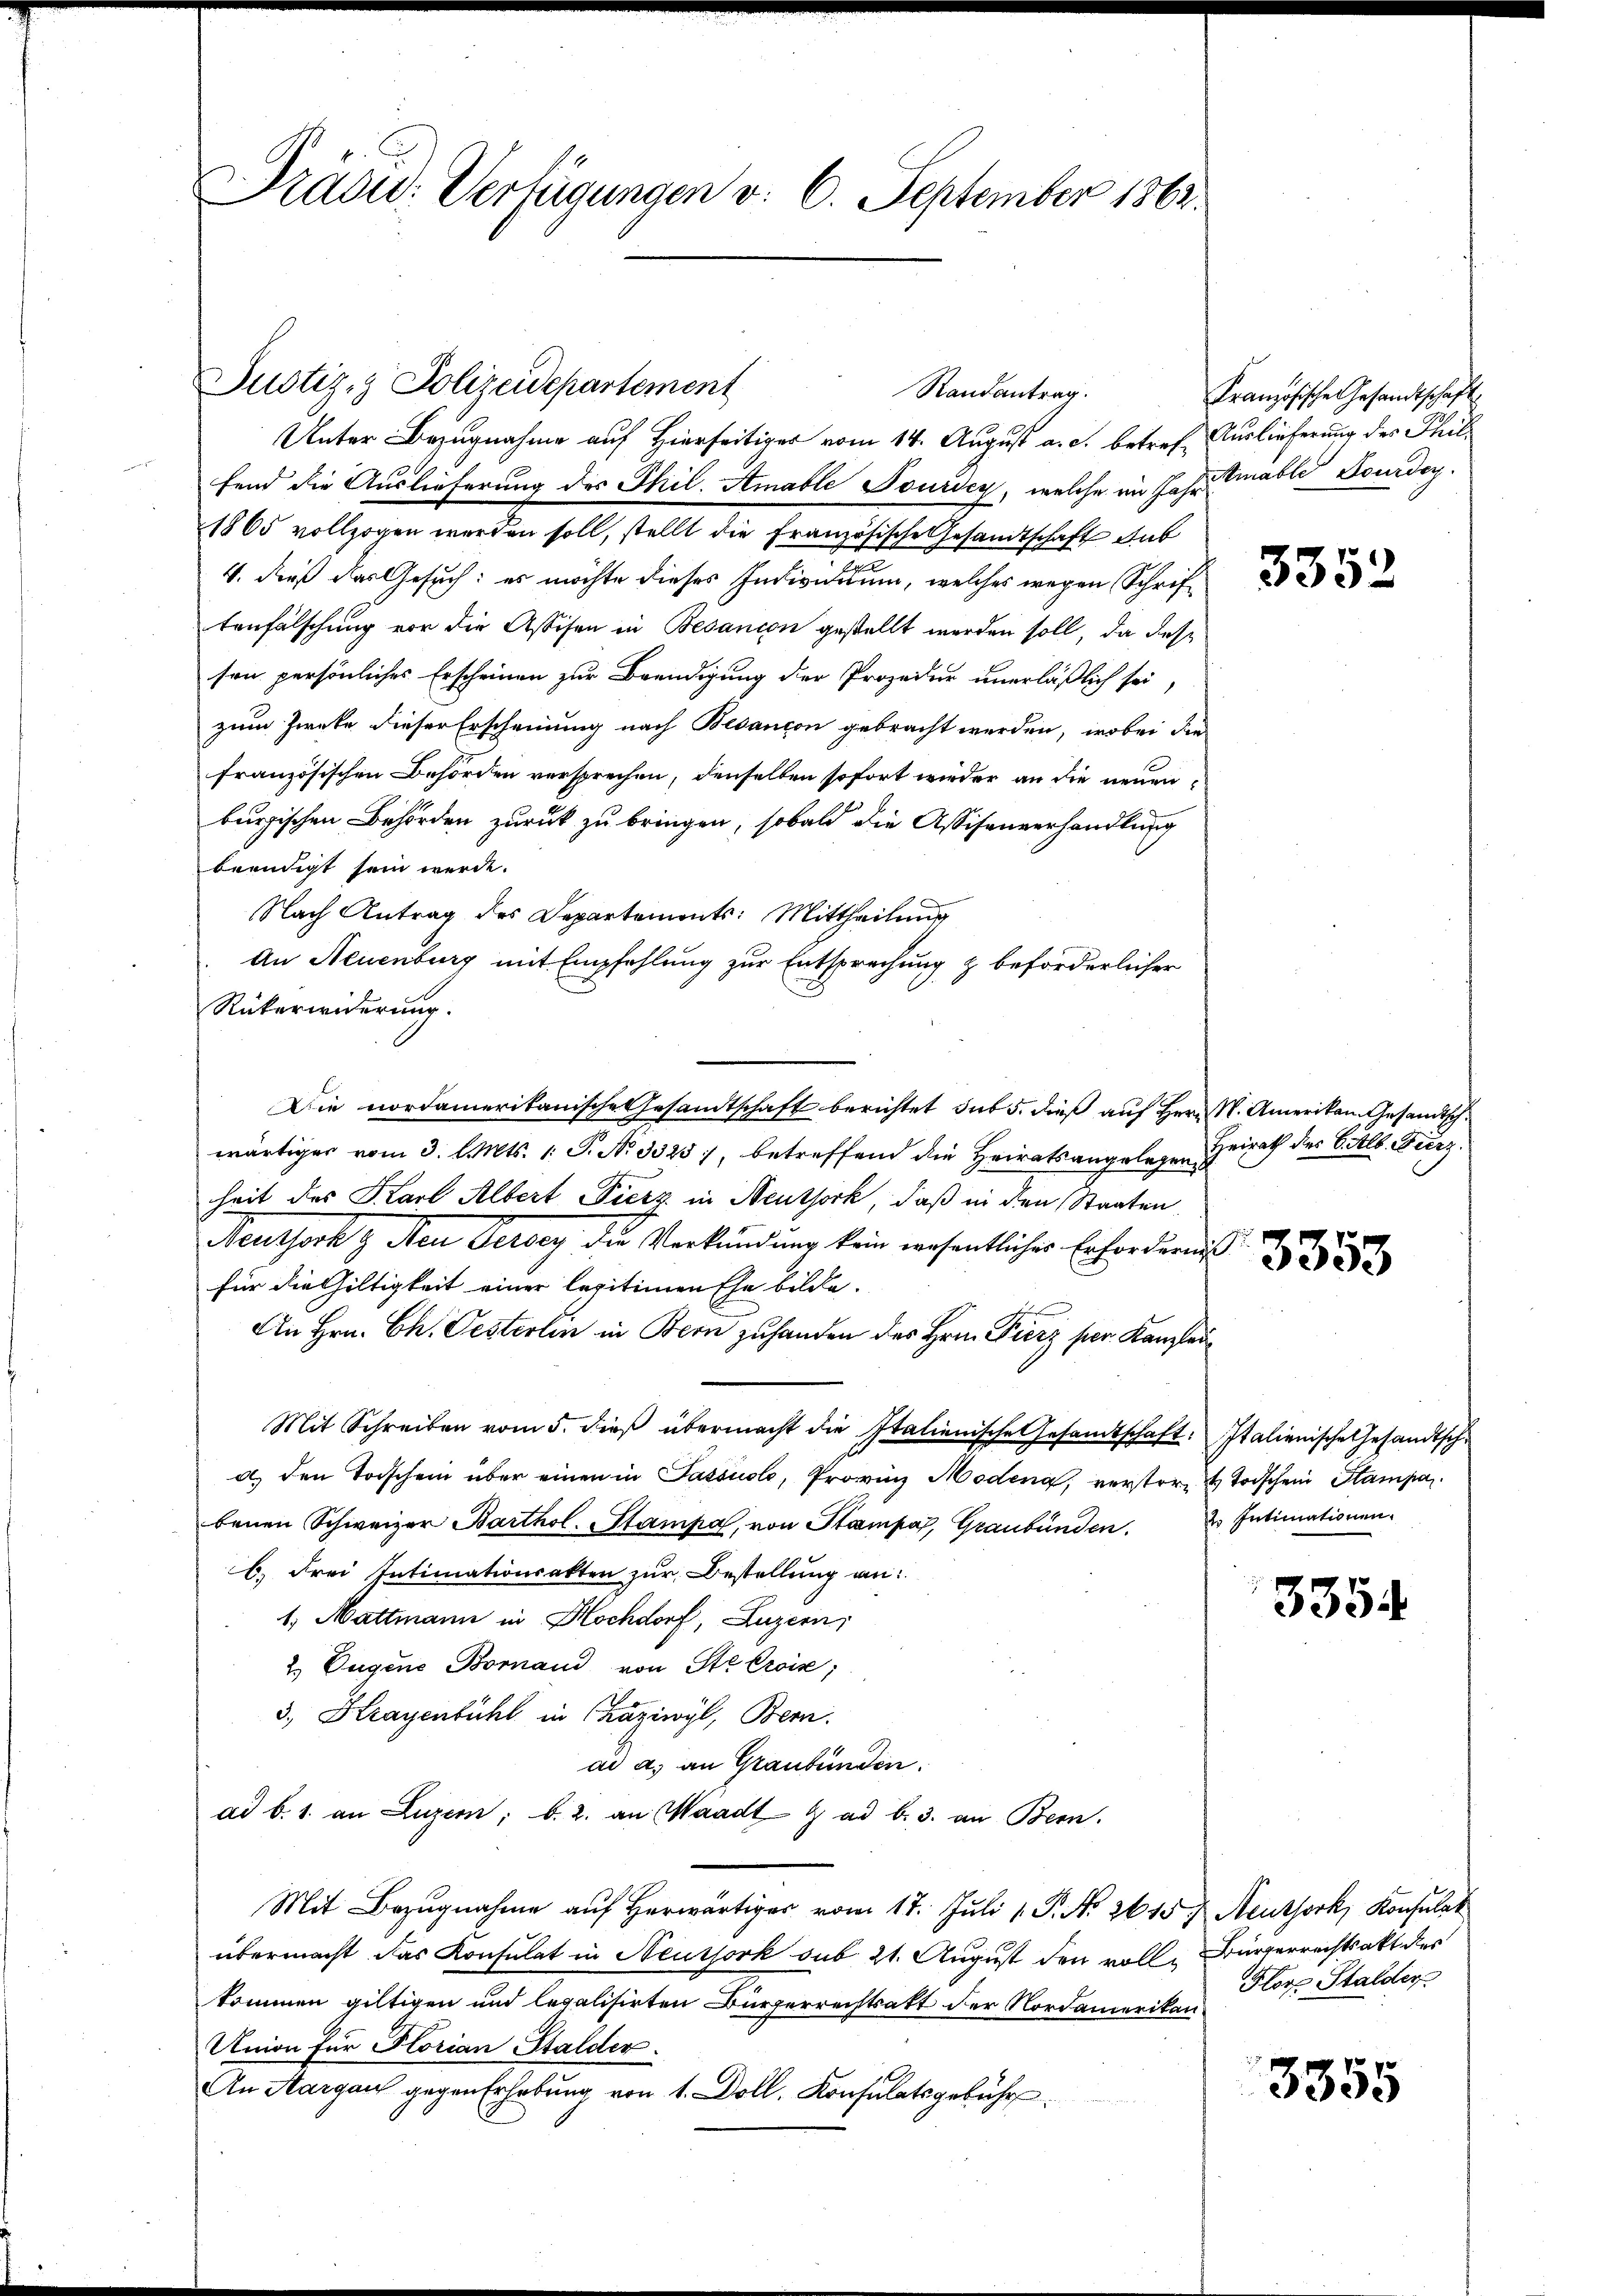
Pradu: Verfügungen v. 6. September 1862.

Justiz- & Polizeidepartement

Unter Bezugnahme auf Hierseitiger vom 14. August a. c. betref Auslieferung des Philfend die Auslieferung des Thil. Amable Pourich, welche im Jahre Einable Sonder.
1865 vollzogen werden soll, stellt die Französische Gesandtschaft dab
4. dieß das Gesuch: es möchte dieses Individuum, welches wegen Schriftenfälschung vor die Assisen in Besandon gestellt werden soll, da desson persönliches Erscheinen zur Beendigung der Prozedur unerläßlich sei,
zum Zwecke dieser Erscheinung nach Besancon gebracht werden, wobei die
französischen Behörden versprechen, denselben sofort wieder an die neuen
burgischen Behörden zurück zu bringen, sobald die Assisenverhandlung
beendigt sein werde.
Nach Antrag des Departements: Mittheilung
An Neuenburg mit Empfehlung zur Entsprechung & beförderlicher
Rükerwiderung.
Die nordamerikanische Gesandtschaft berichtet sub 5. dieß auf Herr K. Amerikan. Gesandtschwärtiger vom 3. l. Mts. 1. P. Nr. 3325), betreffend die Heiratsangelegen Heirath des Sittl. Fierz
heit des Karl Albert Fierz in Neuthork, daß in den Staaten
Meuthoch 9 Non Gerbey die Verkündung keine wesentlicher Erforderung
für die Hiltigkeit einer legitimen Ehe bilde.
An Hrn. Ch. Oesterlin in Bern zuhanden des Hrn. Fierz per Kanzlei¬
Mit Schreiben vom 5. dieß übermacht die Italienische Gesandtschaft:
a) den Todschein über einen in Passuolo, Provinz Modena, verster Todschein Stampa
benen Schweizer Barthol. Stampa, von Stampa, Graubünden. Intimationen
b. Frei Intimationsakten zur Bestellung an:
1. Mattmann in Hochdorf, Luzern,
2. Eugene Bomand von Ste Croix,
3., Kragenbühl in Chaziwyl, Bern.
ad a. an Graubünden.
ad b. 1. an Luzer; b. 2. an Waadt ad b. 3. an Bern.
Mit Bezŭgnahme aŭf herwärtiger vom 17. Jŭli 1. P. Nr. 2615. Neuthork, Konsulat
übermacht das Konsulat in Neussork sub 21. August den volle Bürgerrechtsakt des
kommen giltigen und legalisirten Bürgerrechtsatt der Nordamerikan.
Union für Florian Stalder.
An Margau gegen Erhebung von 1. Doll. Konsulatsgebühr

Randantrag.

Französische Gesandtschaft

u

3352

3353

Italienische Gesandtsch¬

3354

Flore Stalder

3355